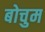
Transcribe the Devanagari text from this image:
बोचुम